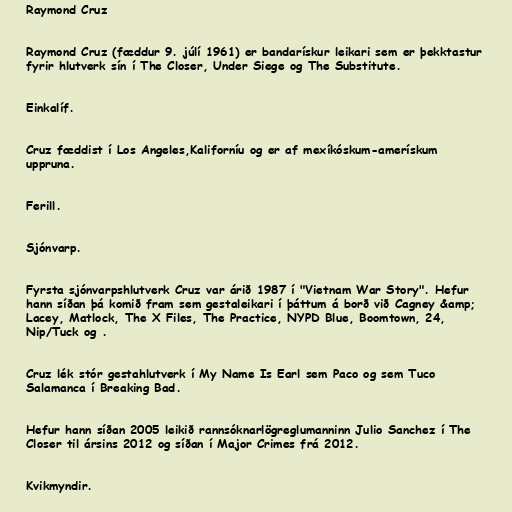
Raymond Cruz

Raymond Cruz (fæddur 9. júlí 1961) er bandarískur leikari sem er þekktastur
fyrir hlutverk sín í The Closer, Under Siege og The Substitute.

Einkalíf.

Cruz fæddist í Los Angeles,Kaliforníu og er af mexíkóskum-amerískum
uppruna.

Ferill.

Sjónvarp.

Fyrsta sjónvarpshlutverk Cruz var árið 1987 í "Vietnam War Story". Hefur
hann síðan þá komið fram sem gestaleikari í þáttum á borð við Cagney &amp;
Lacey, Matlock, The X Files, The Practice, NYPD Blue, Boomtown, 24,
Nip/Tuck og .

Cruz lék stór gestahlutverk í My Name Is Earl sem Paco og sem Tuco
Salamanca í Breaking Bad.

Hefur hann síðan 2005 leikið rannsóknarlögreglumanninn Julio Sanchez í The
Closer til ársins 2012 og síðan í Major Crimes frá 2012.

Kvikmyndir.